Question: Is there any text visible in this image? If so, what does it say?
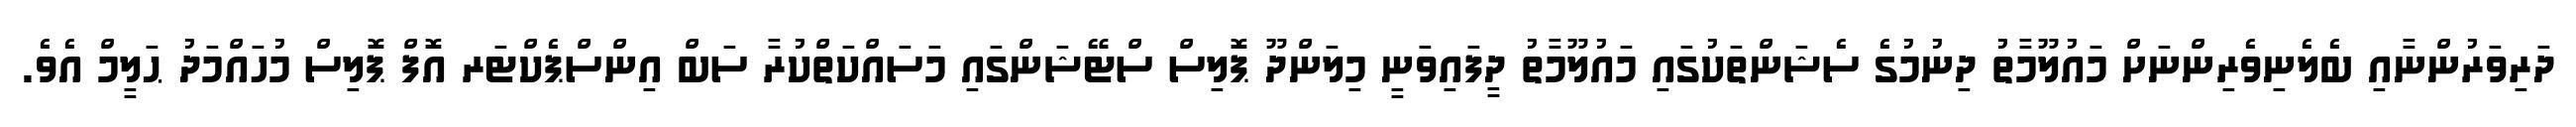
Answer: ދަރިވަރުންނާއި ބެލެނިވެރިންނަށް މައުލޫމާތު ދިނުމުގެ ސެޝަންތަކުގައި މައުލޫމާތު ދީފައިވަނީ މިލަންދޫ ޕޮލިސް ސްޓޭޝަންގައި މަސައްކަތްކުރާ ސަބް އިންސްޕެކްޓަރ އޮފް ޕޮލިސް މުހައްމަދު ޙަލީމް އެވެ.